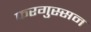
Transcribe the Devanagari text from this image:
फरगुस्सन